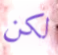
لكن